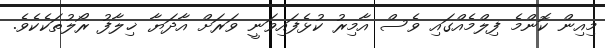
މިއިން ކޮންމެ ފިލްމެއްގައި ވެސް އާމިރު ކުޅެފައިވަނީ ވަރަށް އާދަޔާ ޚިލާފު ރޯލުތަކެކެވެ.